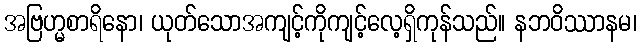
အဗြဟ္မစာရိနော၊ ယုတ်သောအကျင့်ကိုကျင့်လေ့ရှိကုန်သည်။ နဘဝိဿာနမ၊